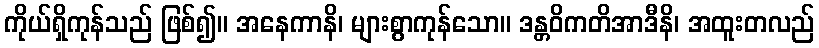
ကိုယ်ရှိကုန်သည် ဖြစ်၍။ အနေကာနိ၊ များစွာကုန်သော။ ဒန္တဝိကတိအာဒီနိ၊ အထူးတလည်